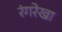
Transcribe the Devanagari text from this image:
रंगरेखा